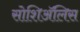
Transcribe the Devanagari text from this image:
सोशिअॅलिस